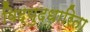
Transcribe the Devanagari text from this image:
विद्युदधारिता